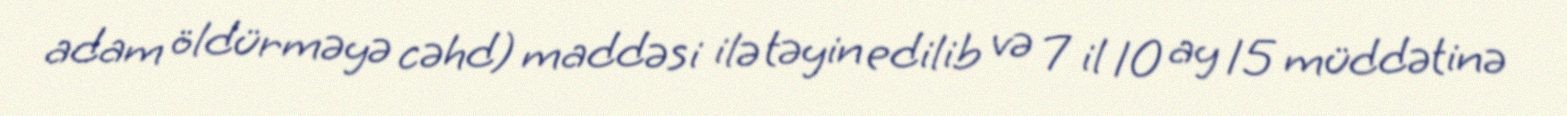
adam öldürməyə cəhd) maddəsi ilə təyin edilib və 7 il 10 ay 15 müddətinə